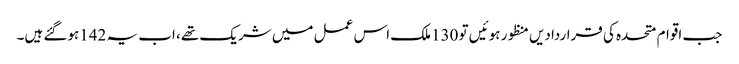
جب اقوام متحدہ کی قراردادیں منظور ہوئیں تو 130ملک اس عمل میں شریک تھے، اب یہ 142ہوگئے ہیں۔